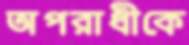
অপরাধীকে